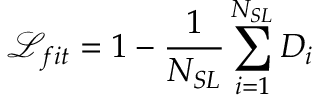
\mathcal { L } _ { f i t } = 1 - \frac { 1 } { N _ { S L } } \sum _ { i = 1 } ^ { N _ { S L } } D _ { i }